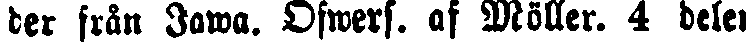
der från Jawa. Ofwers. af Möller. 4 delen